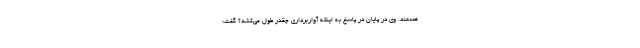
هستند. وی در پایان در پاسخ به اینکه آواربرداری چقدر طول می‌کشد؟ گفت: